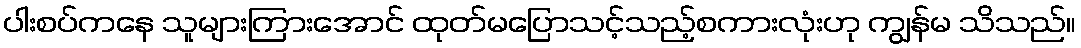
ပါးစပ်ကနေ သူများကြားအောင် ထုတ်မပြောသင့်သည့်စကားလုံးဟု ကျွန်မ သိသည်။